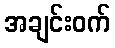
အချင်းဝက်